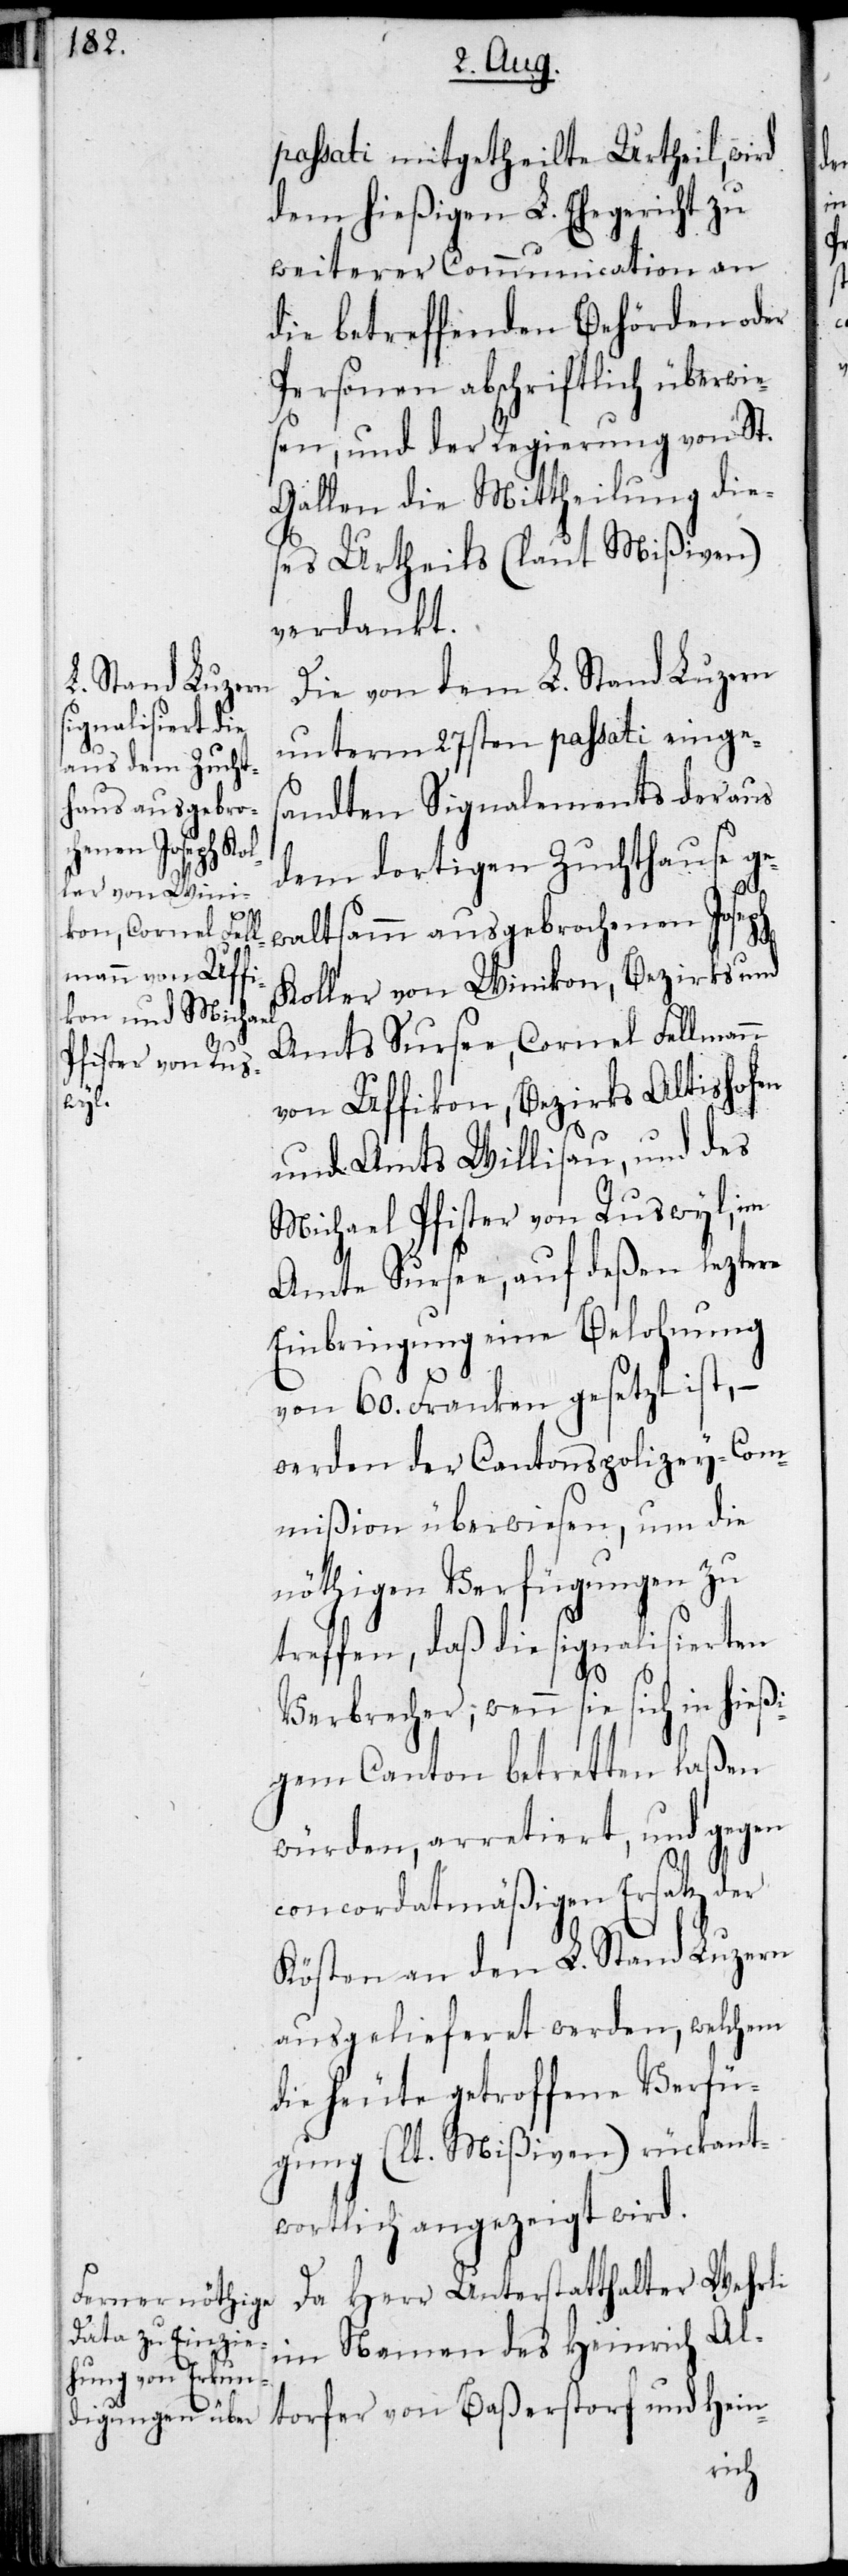
passati mitgetheilte Urtheil, wird
dem hießigen L. Ehegericht zu
weiterer Communication an
die betreffenden Behörden oder
Personen abschriftlich überwie¬
sen, und der Regierung von St.
Gallen die Mittheilung die¬
ses Urtehils (laut Mißiven)
verdankt.
Die von dem L. Stand Luzern
unterm 27sten passati einges¬
andten Signalements der aus
dem dortigen Zuchthaus ge¬
waltsamm ausgebrochenen Joseph
Koller von Winikon, Bezirks und
Amts Sursee, Cornel Fellmann
von Uffikon, Bezirks Altishofen
und Amts Willisau, und des
Michael Pfister von Ruswyl, im
Amte Sursee, auf deßen leztere
Einbringung eine Belohnung
von 60. Franken gesetzt ist, –
werden der Cantonspolizey-Com¬
mißion überwiesen, um die
nöthigen Verfügungen zu
treffen, daß die signalisierten
Verbrecher, wenn sie sich in hießi¬
gem Canton betretten laßen
würden, arretiert, und gegen
concordatmäßigen Ersatz der
Kösten an den L. Stand Luzern
ausgelieferet werden, welchem
die heute getroffene Verfü¬
gung (lt. Mißiven) rückant¬
wortlich angezeigt wird.
Da Herr Unterstatthalter Wehrli
im Namen des Heinrich Al¬
torfer von Baßerstorf und Hein-